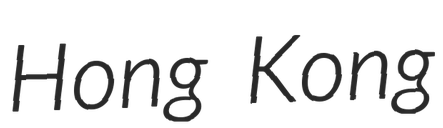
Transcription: Hong Kong